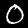
Digit: 0